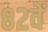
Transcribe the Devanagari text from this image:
८२वें